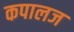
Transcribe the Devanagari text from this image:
कपालज